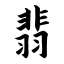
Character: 翡